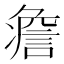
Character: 𧩏